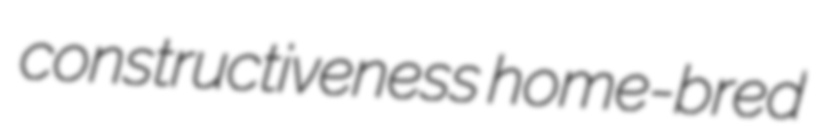
constructiveness home-bred